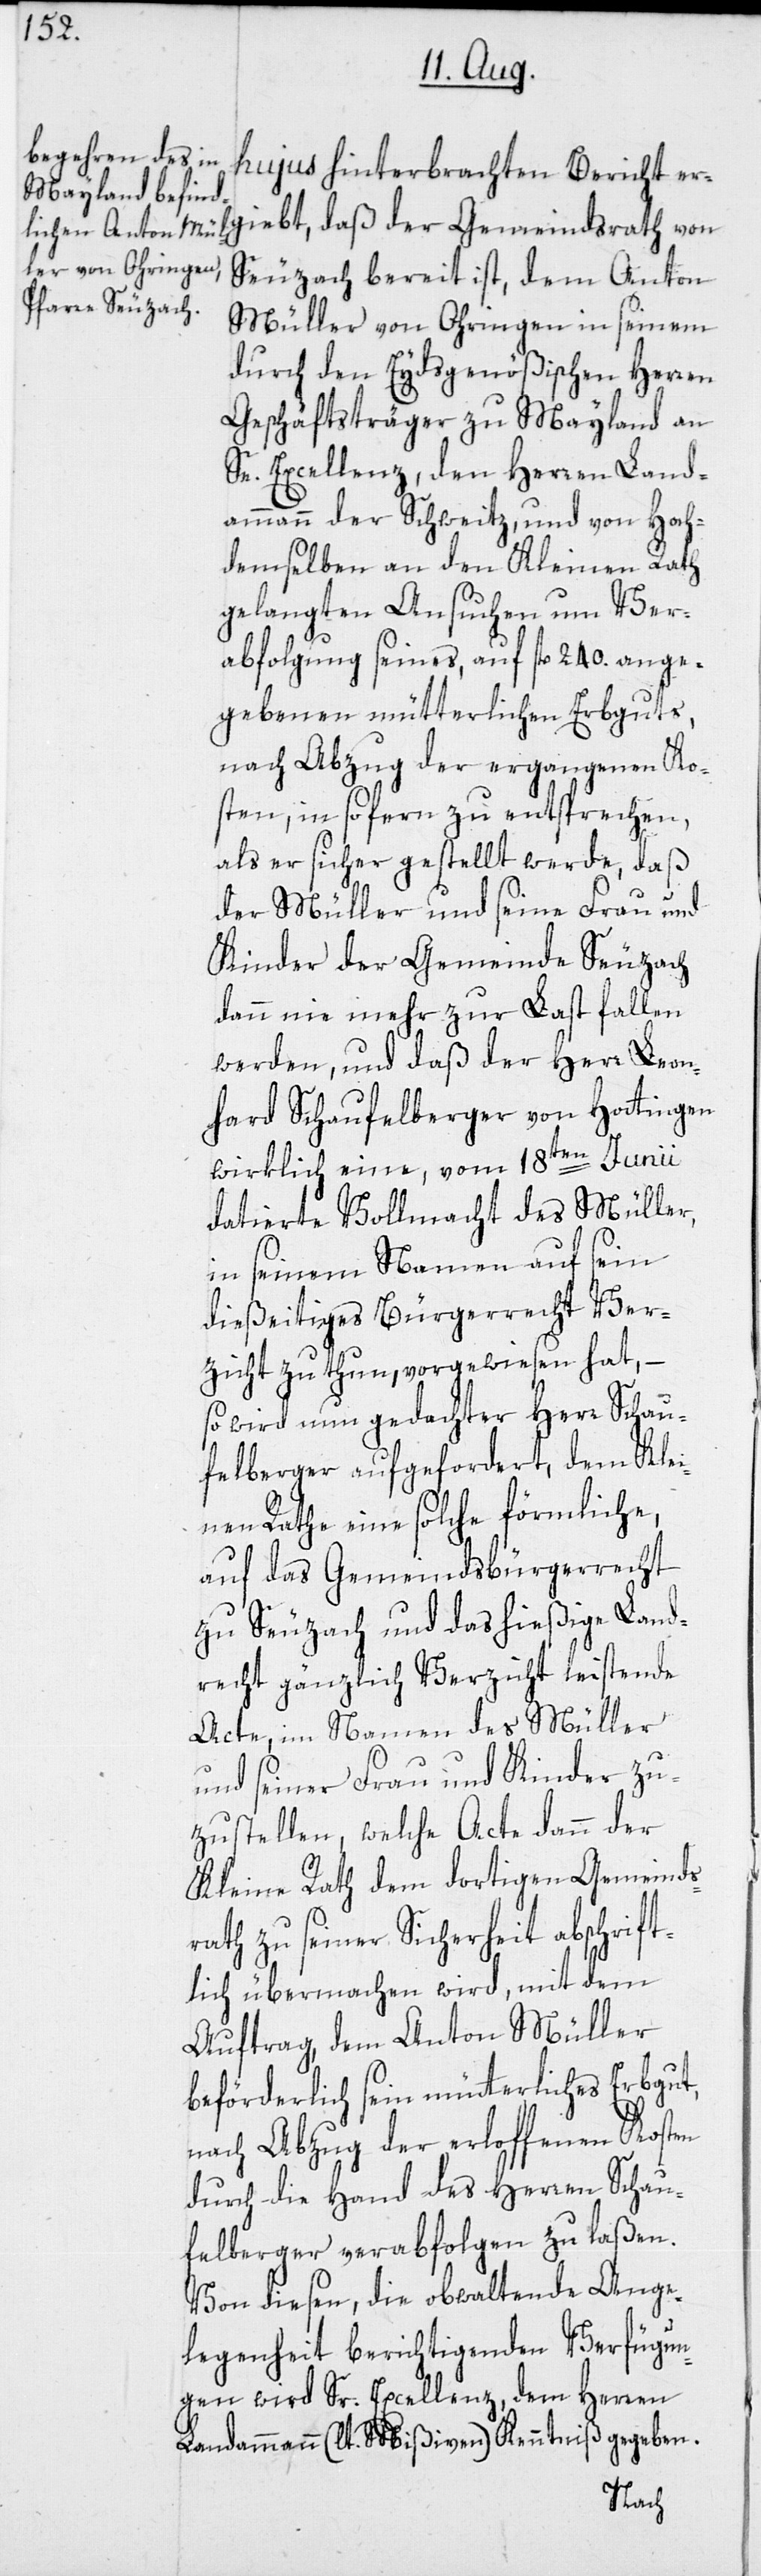
hujus hinterbrachten Bericht er¬
giebt, daß der Gemeindsrath von
Seuzach bereit ist, dem Anton
Müller von Ohringen in seinem
durch den Eydsgenößischen Herren
Geschäftsträger zu Mayland an
Se. Excellenz, den Herren Land¬
ammann der Schweitz, und von Hoch¬
demselben an den Kleinen Rath
gelangten Ansuchen um Ver¬
abfolgung seines, auf fl 240. ange¬
gebenen mütterlichen Erbguts,
nach Abzug der ergangenen Ko¬
sten, in sofern zu entsprechen,
als er sicher gestellt werde, daß
der Müller und seine Frau und
Kinder der Gemeinde Seuzach
dann nie mehr zur Last fallen
werden, und daß der Herr Leon¬
hard Schaufelberger von Hottingen
wirklich eine, vom 18ten Junii
datierte Vollmacht des Müller,
in seinem Namen auf sein
dießeitiges Bürgerrecht Ver¬
zicht zu thun, vorgewiesen hat, –
so wird nun gedachter Herr Schau¬
felberger aufgefordert, dem Klei¬
nen Rathe eine solche förmliche,
auf das Gemeindsbürgerrecht
zu Seuzach und das hießige Land¬
recht gänzlich Verzicht leistende
Acte, im Namen des Müller
und seiner Frau und Kinder zu¬
zustellen, welche Acte dann der
Kleine Rath dem dortigen Gemeinds¬
rath zu seiner Sicherheit abschrift¬
lich übermachen wird, mit dem
Auftrag, dem Anton Müller
beförderlich sein mütterliches Erbgut,
nach Abzug der erloffenen Kosten
durch die Hand des Herren Schau¬
felberger verabfolgen zu laßen.
Von diesen, die obwaltende Ange¬
legenheit berichtigenden Verfügun¬
gen wird Sr. Excellenz, dem Herren
Landammann (lt. Mißiven) Kenntniß gegeben.